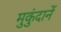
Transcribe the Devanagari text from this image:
मुकुंदानें